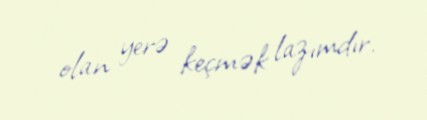
olan yerə keçmək lazımdır.